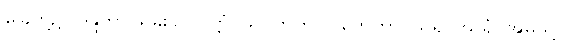
ခြေတို့၌။ ဝန္ဒိတွာ၊ ရှိခိုး၍။ ပတ္တံ၊ သပိတ်ကို။ ဂဟေတွာ၊ ယူ၍။ ဃရံ၊ အိမ်သို့။